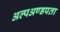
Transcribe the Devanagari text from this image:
अल्पअण्डपता